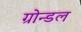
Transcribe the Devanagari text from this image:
ग्रोन्डल